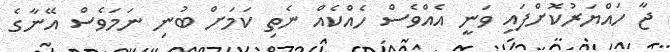
ޖާ ހައްޔަރުކޮށްފައި ވަނީ އެއްވެސް ހެއްކެއް ނެތި ކަމަށް ބުނި ނަމަވެސް އޭނާގެ